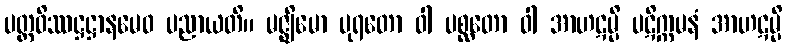
ပတ္တဝိဿဋ္ဌဋ္ဌာနမေဝ ပညာယတိ။ မဇ္ဈိမော ပုရတော ဝါ ပစ္ဆတော ဝါ အာဟဋမ္ပိ ပဋိက္ကမနံ အာဟဋမ္ပိ